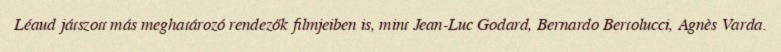
Léaud játszott más meghatározó rendezők filmjeiben is, mint Jean-Luc Godard, Bernardo Bertolucci, Agnès Varda.